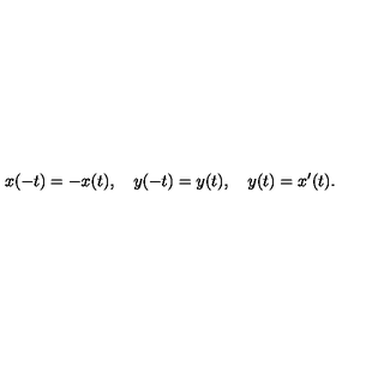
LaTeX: x ( - t ) = - x ( t ) , \quad y ( - t ) = y ( t ) , \quad y ( t ) = x ^ { \prime } ( t ) .